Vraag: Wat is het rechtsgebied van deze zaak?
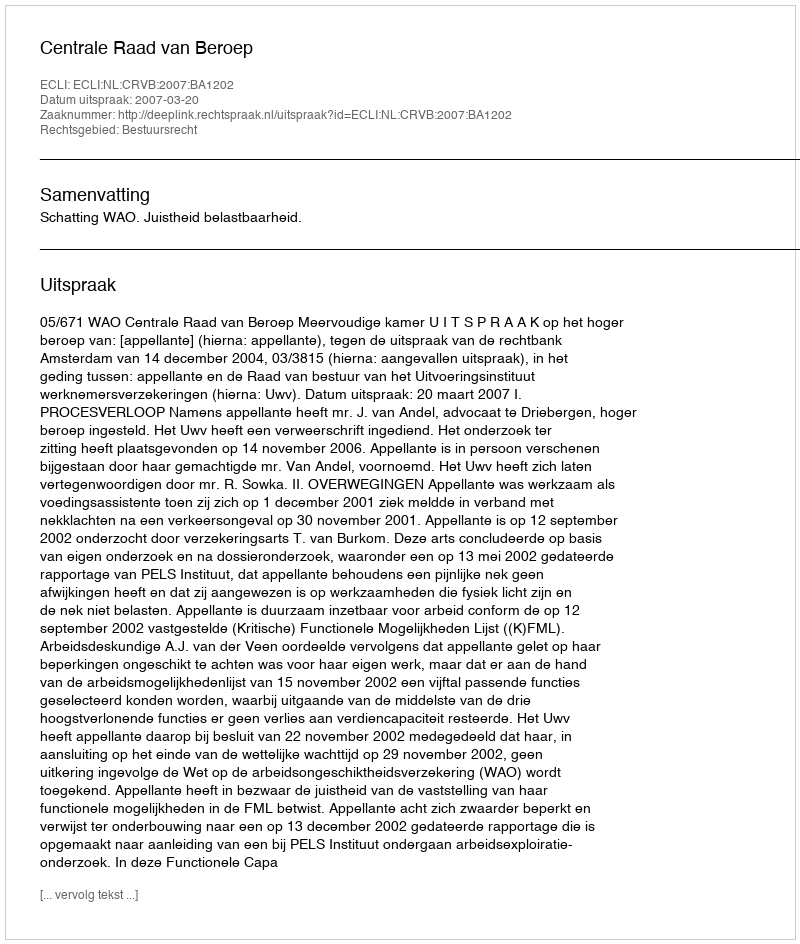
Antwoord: Bestuursrecht